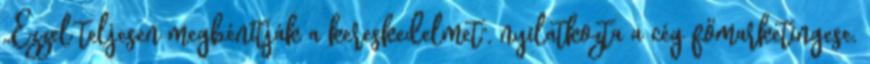
,,Ezzel teljesen megbénítják a kereskedelmet", nyilatkozta a cég főmarketingese.